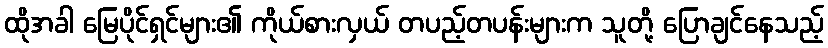
ထိုအခါ မြေပိုင်ရှင်များ၏ ကိုယ်စားလှယ် တပည့်တပန်းများက သူတို့ ပြောချင်နေသည့်